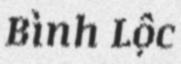
Bình Lộc